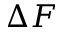
\Delta F